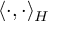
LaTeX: \langle \cdot , \cdot \rangle _ { H }